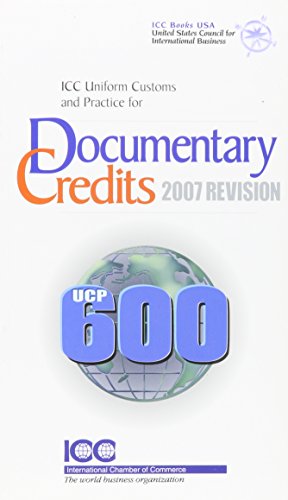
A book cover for Icc Uniform Customs and Practice for Documentary Credits; 2007 Revision; International Chamber of Commerce; Law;